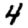
Digit: 4